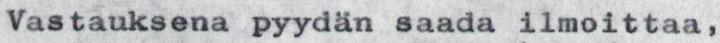
Vastauksena pyydän saada ilmoittaa,